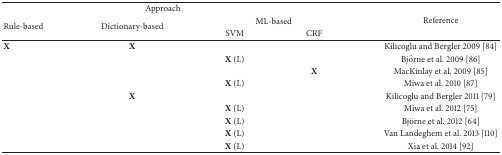
| <COLSPAN=4> Approach | <ROWSPAN=3> Reference |
 | <ROWSPAN=2> Rule-based | <ROWSPAN=2> Dictionary-based | <COLSPAN=2> ML-based |
 | SVM | CRF |
 | --- | --- | --- | --- | --- |
 | X | X |  |  | Kilicoglu and Bergler 2009 [84] |
 |  |  | X (L) |  | Björne et al. 2009 [86] |
 |  |  |  | X | MacKinlay et al. 2009 [85] |
 |  |  | X (L) |  | Miwa et al. 2010 [87] |
 |  | X |  |  | Kilicoglu and Bergler 2011 [79] |
 |  |  | X (L) |  | Miwa et al. 2012 [75] |
 |  |  | X (L) |  | Björne et al. 2012 [64] |
 |  |  | X (L) |  | Van Landeghem et al. 2013 [110] |
 |  |  | X (L) |  | Xia et al. 2014 [92] |